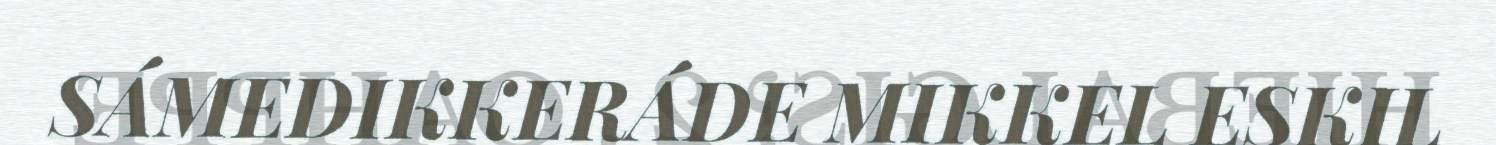
SÁMEDIKKERÁDE MIKKEL ESKIL